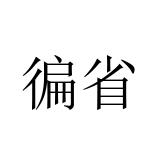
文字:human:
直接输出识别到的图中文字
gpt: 徧省